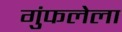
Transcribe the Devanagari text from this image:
गुंफलेला